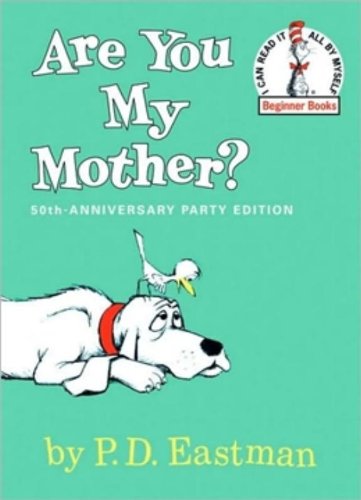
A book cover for Are You My Mother? (Beginner Books); P.D. Eastman; Children's Books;